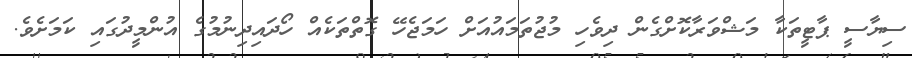
ސިޔާސީ ޕާޓީތަކާ މަޝްވަރާކޮށްގެން ދިވެހި މުޖުތަމައުއަށް ހަމަޖެހޭ ގޮތްތަކެއް ހޯދައިދިނުމުގެ އުންމީދުގައި ކަމަށެވެ.